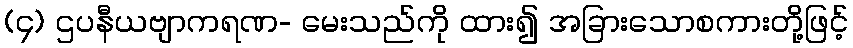
(၄) ဌပနီယဗျာကရဏ- မေးသည်ကို ထား၍ အခြားသောစကားတို့ဖြင့်